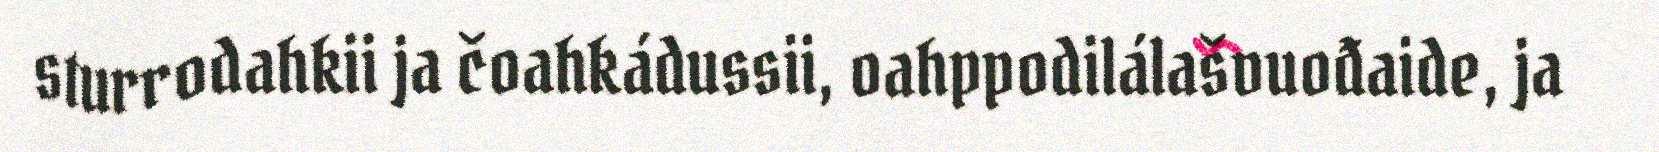
sturrodahkii ja čoahkádussii, oahppodilálašvuođaide, ja